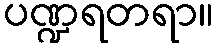
ပဏ္ဍရတရာ။